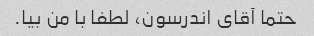
حتما آقای اندرسون، لطفا با من بیا.